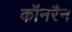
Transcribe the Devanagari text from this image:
कॉनरैन